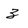
Character: 3